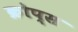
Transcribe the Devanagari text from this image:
क्रोप्स